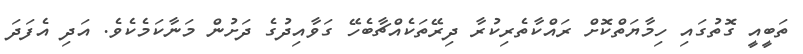
ތަބީއީ ގޮތުގައި ހިމާޔަތްކޮށް ރައްކާތެރިކުރާ ދިރޭތަކެއްޗާބެހޭ ގަވާއިދުގެ ދަށުން މަނާކަމެކެވެ. އަދި އެފަދަ